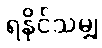
ရနိုင်သမျှ